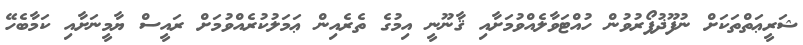
ޝަރީޢަތްތަކަށް ނުފޫޛުފޯރުވުން ހުއްޓަވާލެއްވުމަށާއި ޤާނޫނީ އިމުގެ ތެރެއިން ޢަމަލުކުރެއްވުމަށް ރައީސް ޔާމީނަށާއި ކަމާބެހޭ